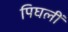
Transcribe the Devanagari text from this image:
पिघलीं